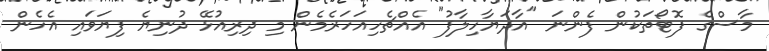
މާސްގެ ފޮޓޯތަކުން ފެންނަ "އާދަޔާހިލާފު" އެއްޗެހިއަހަރެމެން މި ދިރިއުޅޭ ދުނިޔެ ފިޔަވައި އެހެން